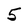
Character: 5